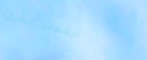
مقهى الشرق